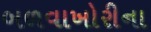
બળવાખોરીના